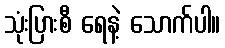
သုံးပြားစီ ရေနဲ့ သောက်ပါ။